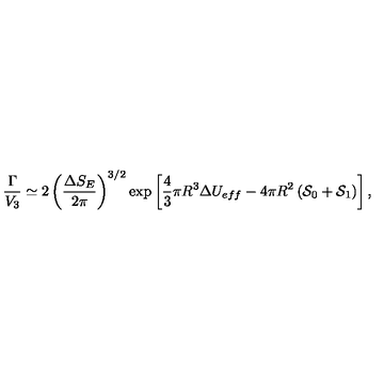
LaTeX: \frac { \Gamma } { V _ { 3 } } \simeq 2 \left( \frac { \Delta S _ { E } } { 2 \pi } \right) ^ { 3 / 2 } \exp \left[ \frac { 4 } { 3 } \pi R ^ { 3 } \Delta U _ { e f f } - 4 \pi R ^ { 2 } \left( { \cal S } _ { 0 } + { \cal S } _ { 1 } \right) \right] ,